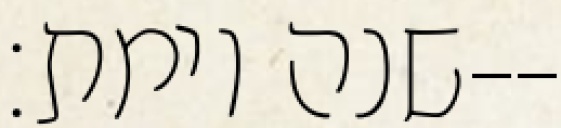
שנה וימת׃--